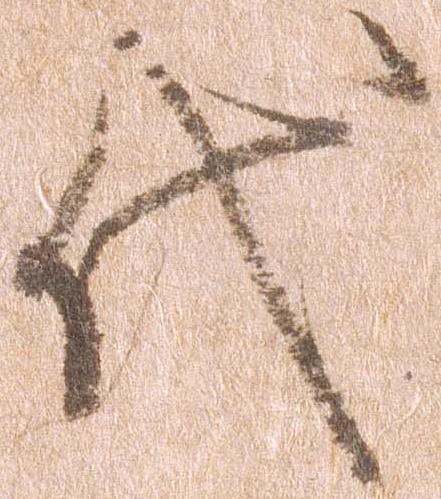
代